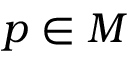
p \in M